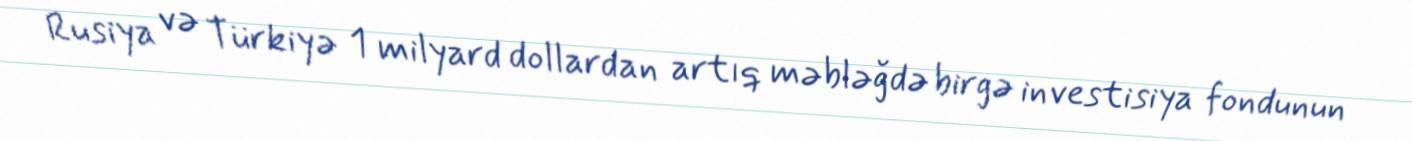
Rusiya və Türkiyə 1 milyard dollardan artıq məbləğdə birgə investisiya fondunun